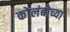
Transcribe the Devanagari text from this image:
कोलंबोच्या